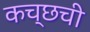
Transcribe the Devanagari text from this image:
कच्छची